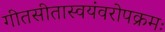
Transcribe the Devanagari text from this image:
गीतसीतास्वयंवरोपक्रमः